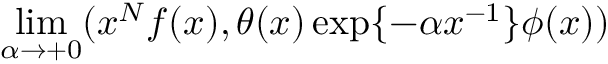
\operatorname * { l i m } _ { \alpha \rightarrow + 0 } ( x ^ { N } f ( x ) , \theta ( x ) \exp \{ - \alpha x ^ { - 1 } \} \phi ( x ) )